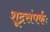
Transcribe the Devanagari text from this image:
शूद्रसंपर्कः